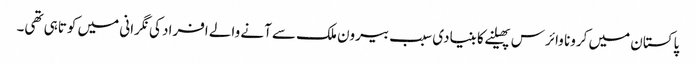
پاکستان میں کرونا وائرس پھیلنے کا بنیادی سبب بیرون ملک سے آنے والے افراد کی نگرانی میں کوتاہی تھی۔